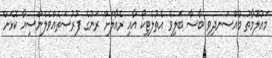
މައުލޫމާތު މުއްސަނދިވި ބާސާ ބަލިވެ އެތުލެޓިކޯ އާއި ރެއާލަށް ރަނުގެ ފުރުސަތެއްވެލެންސިއާ ކޮޅަށް